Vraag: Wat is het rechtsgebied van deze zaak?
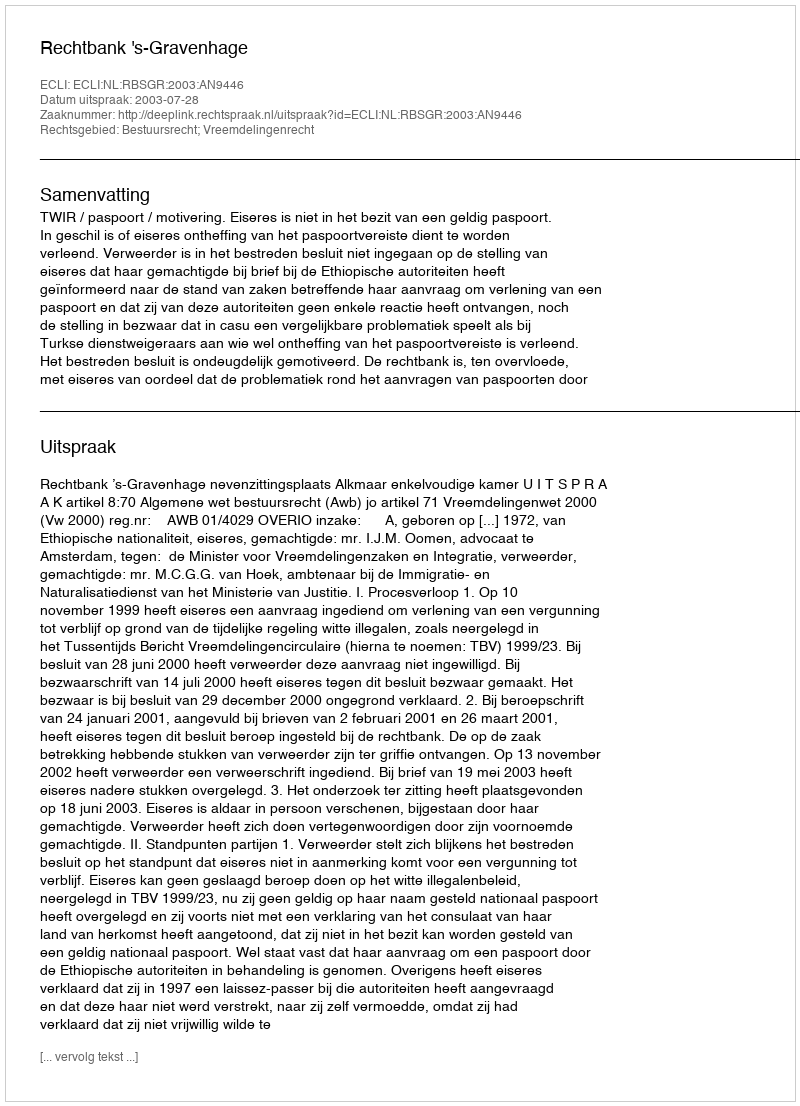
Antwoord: Bestuursrecht; Vreemdelingenrecht